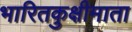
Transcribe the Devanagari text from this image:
भारितकुक्षीमाता